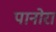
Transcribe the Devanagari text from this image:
पानोरा